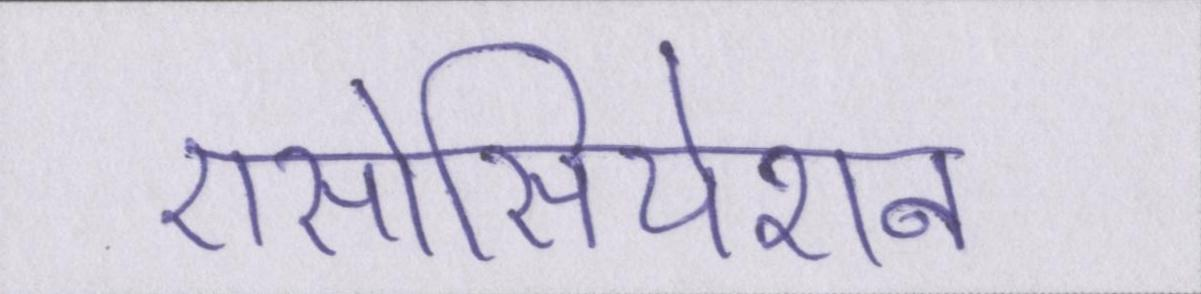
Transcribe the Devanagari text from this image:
एसोसियेशन